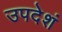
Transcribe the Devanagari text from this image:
उपदेशं